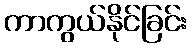
ကာကွယ်နိုင်ခြင်း